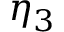
\eta _ { 3 }